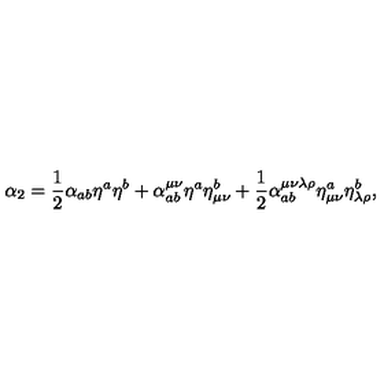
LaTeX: \alpha _ { 2 } = \frac { 1 } { 2 } \alpha _ { a b } \eta ^ { a } \eta ^ { b } + \alpha _ { a b } ^ { \mu \nu } \eta ^ { a } \eta _ { \mu \nu } ^ { b } + \frac { 1 } { 2 } \alpha _ { a b } ^ { \mu \nu \lambda \rho } \eta _ { \mu \nu } ^ { a } \eta _ { \lambda \rho } ^ { b } ,